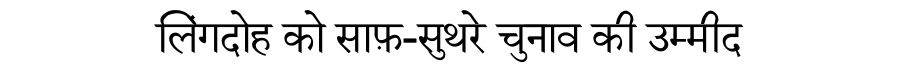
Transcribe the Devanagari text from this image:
लिंगदोह को साफ़-सुथरे चुनाव की उम्मीद